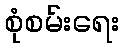
စုံစမ်းရေး